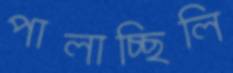
পালাচ্ছিলি